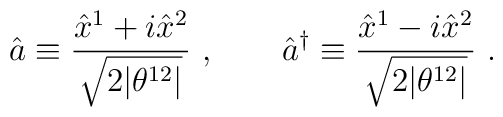
\hat{a}\equiv \frac{\hat{x}^{1}+i\hat{x}^{2}}{\sqrt{2|\theta^{12}|}}~,\qquad \hat{a}^{\dagger}\equiv       \frac{\hat{x}^{1}-i\hat{x}^{2}}{\sqrt{2|\theta^{12}|}}~.